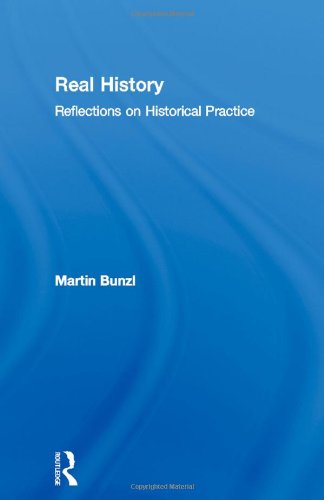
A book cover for Real History: Reflections on Historical Practice (Philosophical Issues in Science); Martin Bunzl; History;